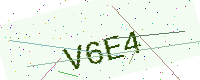
Text: V6E4